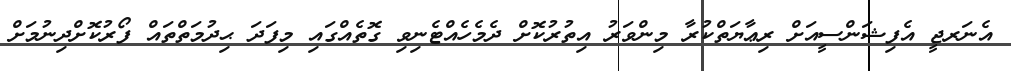
އެނަރޖީ އެފިޝަންސީއަށް ރިޢާޔަތްކުރާ މިންވަރު އިތުރުކޮށް ދެމެހެއްޓެނިވި ގޮތެއްގައި މިފަދަ ޙިދުމަތްތައް ފޯރުކޮށްދިނުމަށް